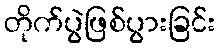
တိုက်ပွဲဖြစ်ပွားခြင်း